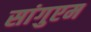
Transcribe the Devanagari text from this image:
सांगुएम